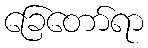
ခြေတော်ရာ